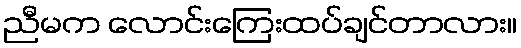
ညီမက လောင်းကြေးထပ်ချင်တာလား။